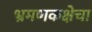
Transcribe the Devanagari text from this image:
भ्रमणकक्षेचा